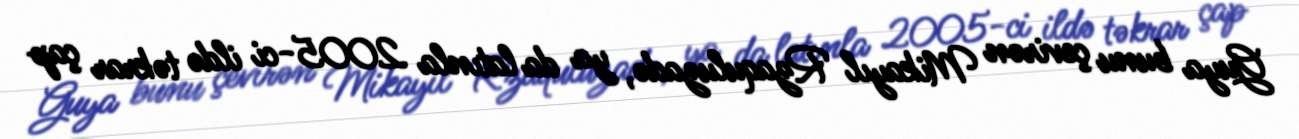
Guya bunu çevirən Mikayıl Rzaquluzadə, ya da latınla 2005-ci ildə təkrar çap